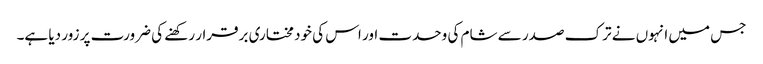
جس میں انہوں نے ترک صدر سے شام کی وحدت اور اس کی خود مختاری برقرار رکھنے کی ضرورت پر زور دیا ہے۔